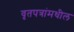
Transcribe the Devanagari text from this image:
वृतपत्रांमधील